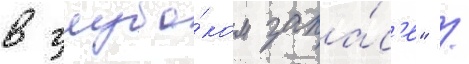
в глубо́ком запа́с'е" /